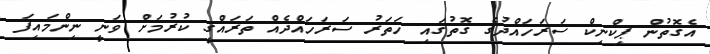
އެގޮތުން ޕިކްނިކް ސަރަހައްދުގެ ގޮތުގައި ހަތަރު ސަރަހައްދެއް ތަރައްގީ ކުރުމަށް ވަނީ ނިންމައިފަ